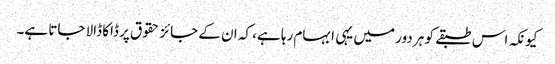
کیونکہ اس طبقے کو ہر دور میں یہی ابہام رہا ہے، کہ ان کے جائز حقوق پر ڈاکا ڈالا جاتا ہے۔